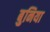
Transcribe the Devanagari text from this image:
बुनिया